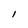
Character: 1